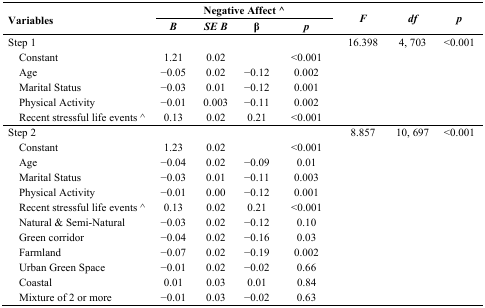
| <ROWSPAN=2> Variables | <COLSPAN=4> Negative Affect ^ | <ROWSPAN=2> F | <ROWSPAN=2> df | <ROWSPAN=2> p |
 | B | SE B | β | p |
 | --- | --- | --- | --- | --- | --- | --- | --- |
 | Step 1 |  |  |  |  | 16.398 | 4, 703 | <0.001 |
 | Constant | 1.21 | 0.02 |  | <0.001 |  |  |  |
 | Age | −0.05 | 0.02 | −0.12 | 0.002 |  |  |  |
 | Marital Status | −0.03 | 0.01 | −0.12 | 0.001 |  |  |  |
 | Physical Activity | −0.01 | 0.003 | −0.11 | 0.002 |  |  |  |
 | Recent stressful life events ^ | 0.13 | 0.02 | 0.21 | <0.001 |  |  |  |
 | Step 2 |  |  |  |  | 8.857 | 10, 697 | <0.001 |
 | Constant | 1.23 | 0.02 |  | <0.001 |  |  |  |
 | Age | −0.04 | 0.02 | −0.09 | 0.01 |  |  |  |
 | Marital Status | −0.03 | 0.01 | −0.11 | 0.003 |  |  |  |
 | Physical Activity | −0.01 | 0.00 | −0.12 | 0.001 |  |  |  |
 | Recent stressful life events ^ | 0.13 | 0.02 | 0.21 | <0.001 |  |  |  |
 | Natural & Semi-Natural | −0.03 | 0.02 | −0.12 | 0.10 |  |  |  |
 | Green corridor | −0.04 | 0.02 | −0.16 | 0.03 |  |  |  |
 | Farmland | −0.07 | 0.02 | −0.19 | 0.002 |  |  |  |
 | Urban Green Space | −0.01 | 0.02 | −0.02 | 0.66 |  |  |  |
 | Coastal | 0.01 | 0.03 | 0.01 | 0.84 |  |  |  |
 | Mixture of 2 or more | −0.01 | 0.03 | −0.02 | 0.63 |  |  |  |